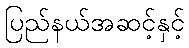
ပြည်နယ်အဆင့်နှင့်